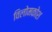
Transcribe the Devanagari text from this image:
विलोमकोश